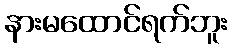
နားမထောင်ရက်ဘူး